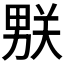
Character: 𰣌